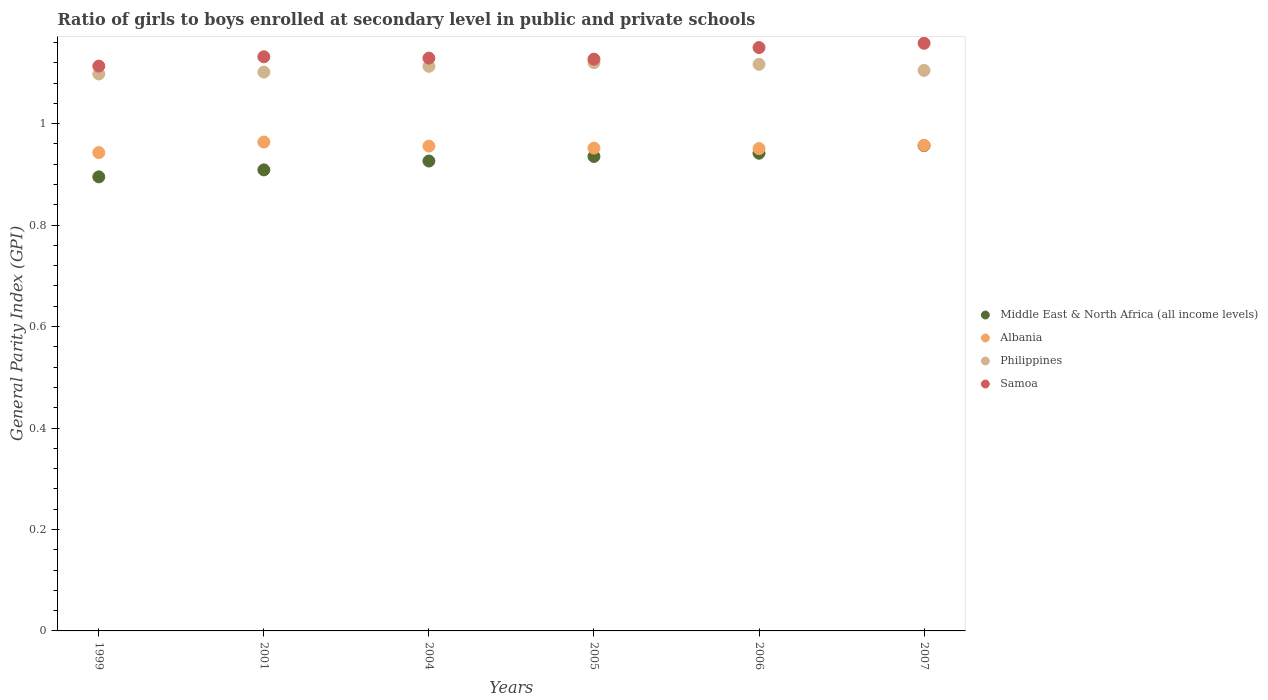
| Years | Middle East & North Africa (all income levels) | Albania | Philippines | Samoa |
 | --- | --- | --- | --- | --- |
 | 1999 | 0.895 | 0.943 | 1.1 | 1.11 |
 | 2001 | 0.909 | 0.964 | 1.1 | 1.13 |
 | 2004 | 0.926 | 0.956 | 1.11 | 1.13 |
 | 2005 | 0.935 | 0.952 | 1.12 | 1.13 |
 | 2006 | 0.942 | 0.951 | 1.12 | 1.15 |
 | 2007 | 0.957 | 0.957 | 1.1 | 1.16 |